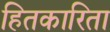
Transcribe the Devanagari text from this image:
हितकारिता